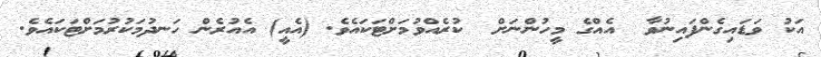
އަކު ވަޑައިގެންފައިނުވާ  އެއްގެ މީހުންނަށް  ކުރެއްވުމަށްޓަކައެވެ. (އެއީ) އެއުރެން ހަނދުމަކުރުމަށްޓަކައެވެ.